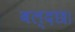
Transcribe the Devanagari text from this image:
बल्दछ।